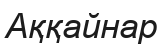
Аққайнар